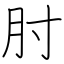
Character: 肘